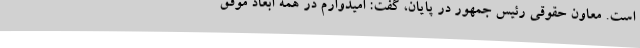
است. معاون حقوقی رئیس جمهور در پایان، گفت: امیدوارم در همه ابعاد موفق